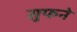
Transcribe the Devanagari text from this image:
सुफने